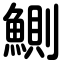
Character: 鰂